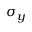
\sigma _ { y }